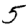
Digit: 5